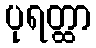
ပုရတ္ထာ